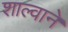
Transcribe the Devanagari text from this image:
शाल्वाने